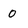
Character: 0